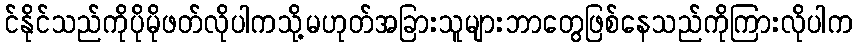
င်နိုင်သည်ကိုပိုမိုဖတ်လိုပါကသို့မဟုတ်အခြားသူများဘာတွေဖြစ်နေသည်ကိုကြားလိုပါက